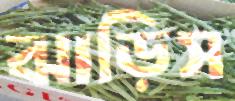
ঝাড়িস